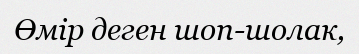
Өмір деген шоп-шолак,